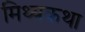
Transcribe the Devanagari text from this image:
मिथ्यकथा